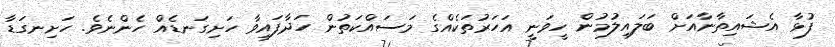
ފުޅާ އެޝައިތާނާއަށް ބަލައިލުމުން ހީވަނީ އަހަރުތަކެއްގެ މަސައްކަތުން ހަދާފައިވާ ހަށިގަނޑެއް ހެންނެވެ. ހަށިނގަޑާ